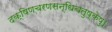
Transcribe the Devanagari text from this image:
दक्षिणचरणसन्धिचतुष्केषु।